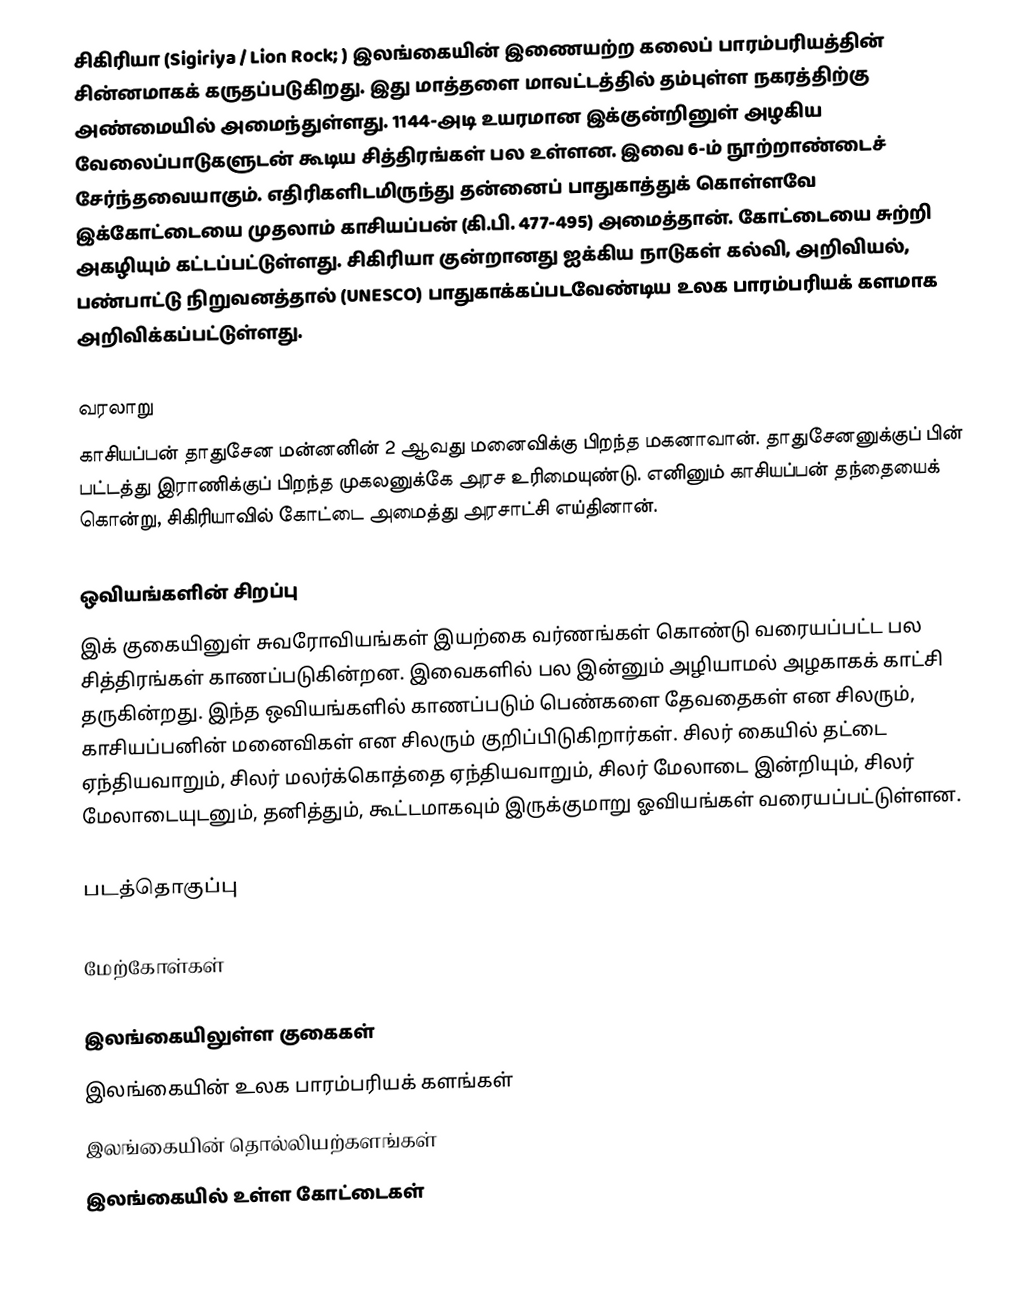
சிகிரியா (Sigiriya / Lion Rock; ) இலங்கையின் இணையற்ற கலைப் பாரம்பரியத்தின் சின்னமாகக் கருதப்படுகிறது. இது மாத்தளை மாவட்டத்தில் தம்புள்ள நகரத்திற்கு அண்மையில் அமைந்துள்ளது. 1144-அடி உயரமான இக்குன்றினுள் அழகிய வேலைப்பாடுகளுடன் கூடிய சித்திரங்கள் பல உள்ளன. இவை 6-ம் நூற்றாண்டைச் சேர்ந்தவையாகும். எதிரிகளிடமிருந்து தன்னைப் பாதுகாத்துக் கொள்ளவே இக்கோட்டையை முதலாம் காசியப்பன் (கி.பி. 477-495) அமைத்தான். கோட்டையை சுற்றி அகழியும் கட்டப்பட்டுள்ளது. சிகிரியா குன்றானது ஐக்கிய நாடுகள் கல்வி, அறிவியல், பண்பாட்டு நிறுவனத்தால் (UNESCO) பாதுகாக்கப்படவேண்டிய உலக பாரம்பரியக் களமாக அறிவிக்கப்பட்டுள்ளது.

வரலாறு
காசியப்பன் தாதுசேன மன்னனின் 2 ஆவது மனைவிக்கு பிறந்த மகனாவான். தாதுசேனனுக்குப் பின் பட்டத்து இராணிக்குப் பிறந்த முகலனுக்கே அரச உரிமையுண்டு. எனினும் காசியப்பன் தந்தையைக் கொன்று, சிகிரியாவில் கோட்டை அமைத்து அரசாட்சி எய்தினான்.

ஒவியங்களின் சிறப்பு
இக் குகையினுள் சுவரோவியங்கள் இயற்கை வர்ணங்கள் கொண்டு வரையப்பட்ட பல சித்திரங்கள் காணப்படுகின்றன. இவைகளில் பல இன்னும் அழியாமல் அழகாகக் காட்சி தருகின்றது. இந்த ஒவியங்களில் காணப்படும் பெண்களை தேவதைகள் என சிலரும், காசியப்பனின் மனைவிகள் என சிலரும் குறிப்பிடுகிறார்கள். சிலர் கையில் தட்டை ஏந்தியவாறும், சிலர் மலர்க்கொத்தை ஏந்தியவாறும், சிலர் மேலாடை இன்றியும், சிலர் மேலாடையுடனும், தனித்தும், கூட்டமாகவும் இருக்குமாறு ஓவியங்கள் வரையப்பட்டுள்ளன.

படத்தொகுப்பு

மேற்கோள்கள்

இலங்கையிலுள்ள குகைகள்
இலங்கையின் உலக பாரம்பரியக் களங்கள்
இலங்கையின் தொல்லியற்களங்கள்
இலங்கையில் உள்ள கோட்டைகள்